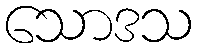
သောဒသ